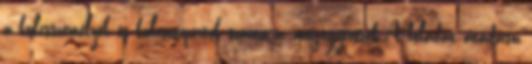
a kulcsszemélyek és kulcscsoportok számára, megegyezések A feladat átadása